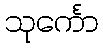
သုင်္ကော